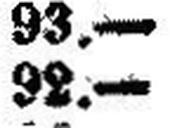
92.—